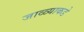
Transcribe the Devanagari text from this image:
जाळ्याकडे